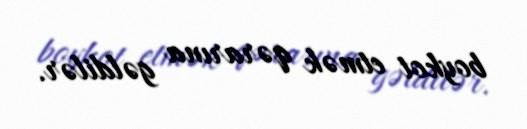
boykot etmək qərarına gəldilər.